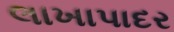
લાખાપાદર